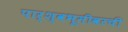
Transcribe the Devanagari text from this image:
पार्श्वभूमीवरची